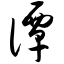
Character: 谭